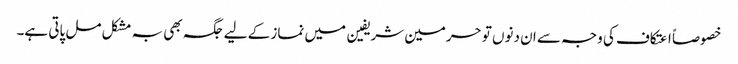
خصوصاً اعتکاف کی وجہ سے ان دنوں تو حرمین شریفین میں نماز کے لیے جگہ بھی بہ مشکل مل پاتی ہے۔